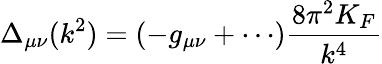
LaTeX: \Delta_{\mu\nu}(k^{2})=(-g_{\mu\nu}+\cdots)\frac{8\pi^{2}K_{F}}{k^{4}}